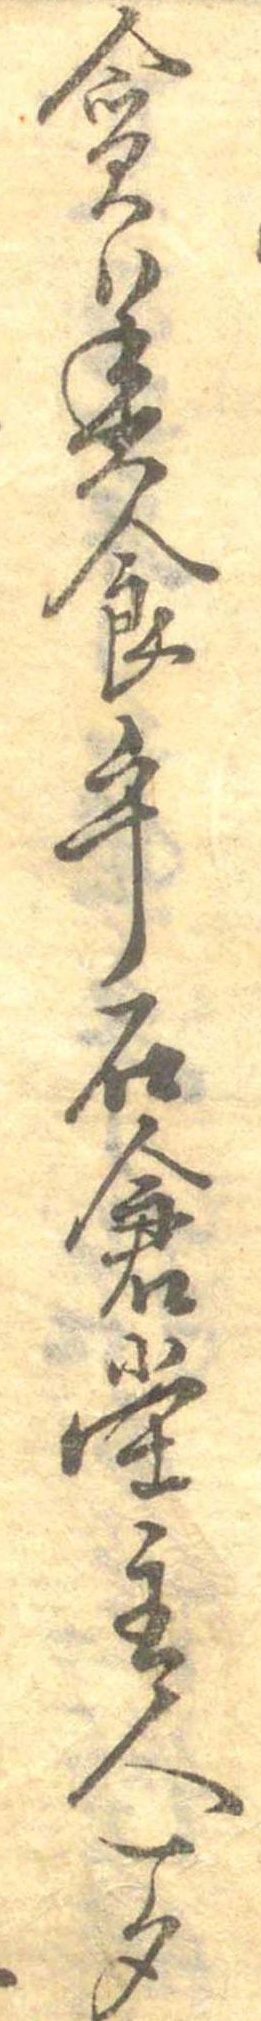
貪美食乎石倉堂主人一夕